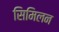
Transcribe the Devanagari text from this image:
सिमिलन